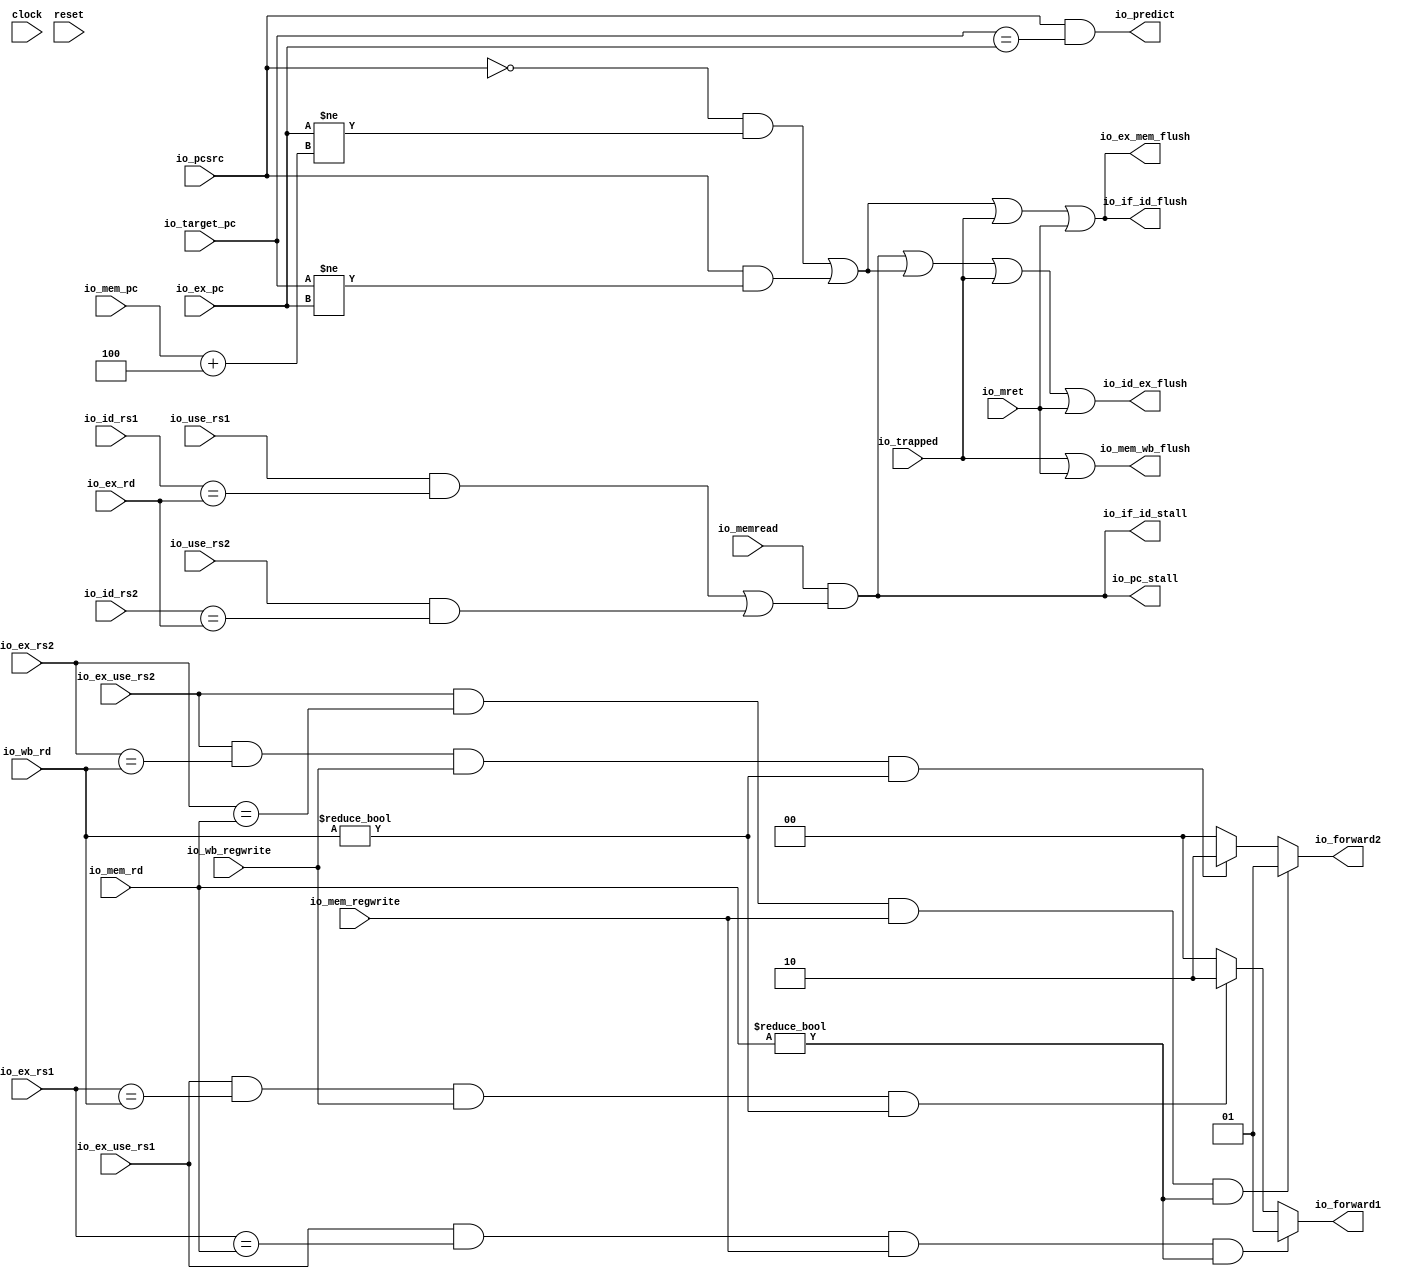
module Hazard(
  input         clock,
  input         reset,
  output        io_predict,
  output        io_pc_stall,
  output        io_if_id_stall,
  output        io_if_id_flush,
  input         io_memread,
  input         io_use_rs1,
  input         io_use_rs2,
  input  [4:0]  io_id_rs1,
  input  [4:0]  io_id_rs2,
  input  [4:0]  io_ex_rd,
  input         io_ex_use_rs1,
  input         io_ex_use_rs2,
  input  [4:0]  io_ex_rs1,
  input  [4:0]  io_ex_rs2,
  input  [31:0] io_ex_pc,
  output        io_id_ex_flush,
  input  [4:0]  io_mem_rd,
  input         io_mem_regwrite,
  input  [31:0] io_mem_pc,
  input  [31:0] io_target_pc,
  output [1:0]  io_forward1,
  output [1:0]  io_forward2,
  output        io_ex_mem_flush,
  input  [4:0]  io_wb_rd,
  input         io_wb_regwrite,
  input         io_pcsrc,
  input         io_trapped,
  input         io_mret,
  output        io_mem_wb_flush
);
  wire  _T_5 = io_mem_rd != 5'h0; // @[hazard.scala 48:97]
  wire  _T_12 = io_wb_rd != 5'h0; // @[hazard.scala 50:100]
  wire [1:0] _GEN_0 = io_ex_use_rs1 & io_ex_rs1 == io_wb_rd & io_wb_regwrite & io_wb_rd != 5'h0 ? 2'h2 : 2'h0; // @[hazard.scala 50:109 51:14 53:14]
  wire [1:0] _GEN_2 = io_ex_use_rs2 & io_ex_rs2 == io_wb_rd & io_wb_regwrite & _T_12 ? 2'h2 : 2'h0; // @[hazard.scala 58:109 59:14 61:14]
  wire  hazard = io_memread & (io_use_rs1 & io_id_rs1 == io_ex_rd | io_use_rs2 & io_id_rs2 == io_ex_rd); // @[hazard.scala 69:35]
  wire  _T_30 = io_pcsrc & io_target_pc != io_ex_pc; // @[hazard.scala 79:25]
  wire [31:0] _T_33 = io_mem_pc + 32'h4; // @[hazard.scala 83:52]
  wire  controlHazard = ~io_pcsrc & io_ex_pc != _T_33 | _T_30; // @[hazard.scala 83:60 84:19]
  wire  _io_if_id_flush_T_1 = controlHazard | io_trapped; // @[hazard.scala 92:35]
  assign io_predict = io_pcsrc & io_target_pc == io_ex_pc; // @[hazard.scala 87:25]
  assign io_pc_stall = io_memread & (io_use_rs1 & io_id_rs1 == io_ex_rd | io_use_rs2 & io_id_rs2 == io_ex_rd); // @[hazard.scala 69:35]
  assign io_if_id_stall = io_memread & (io_use_rs1 & io_id_rs1 == io_ex_rd | io_use_rs2 & io_id_rs2 == io_ex_rd); // @[hazard.scala 69:35]
  assign io_if_id_flush = controlHazard | io_trapped | io_mret; // @[hazard.scala 92:57]
  assign io_id_ex_flush = hazard | controlHazard | io_trapped | io_mret; // @[hazard.scala 95:67]
  assign io_forward1 = io_ex_use_rs1 & io_ex_rs1 == io_mem_rd & io_mem_regwrite & io_mem_rd != 5'h0 ? 2'h1 : _GEN_0; // @[hazard.scala 48:106 49:14]
  assign io_forward2 = io_ex_use_rs2 & io_ex_rs2 == io_mem_rd & io_mem_regwrite & _T_5 ? 2'h1 : _GEN_2; // @[hazard.scala 56:106 57:14]
  assign io_ex_mem_flush = _io_if_id_flush_T_1 | io_mret; // @[hazard.scala 93:58]
  assign io_mem_wb_flush = io_trapped | io_mret; // @[hazard.scala 96:41]
endmodule